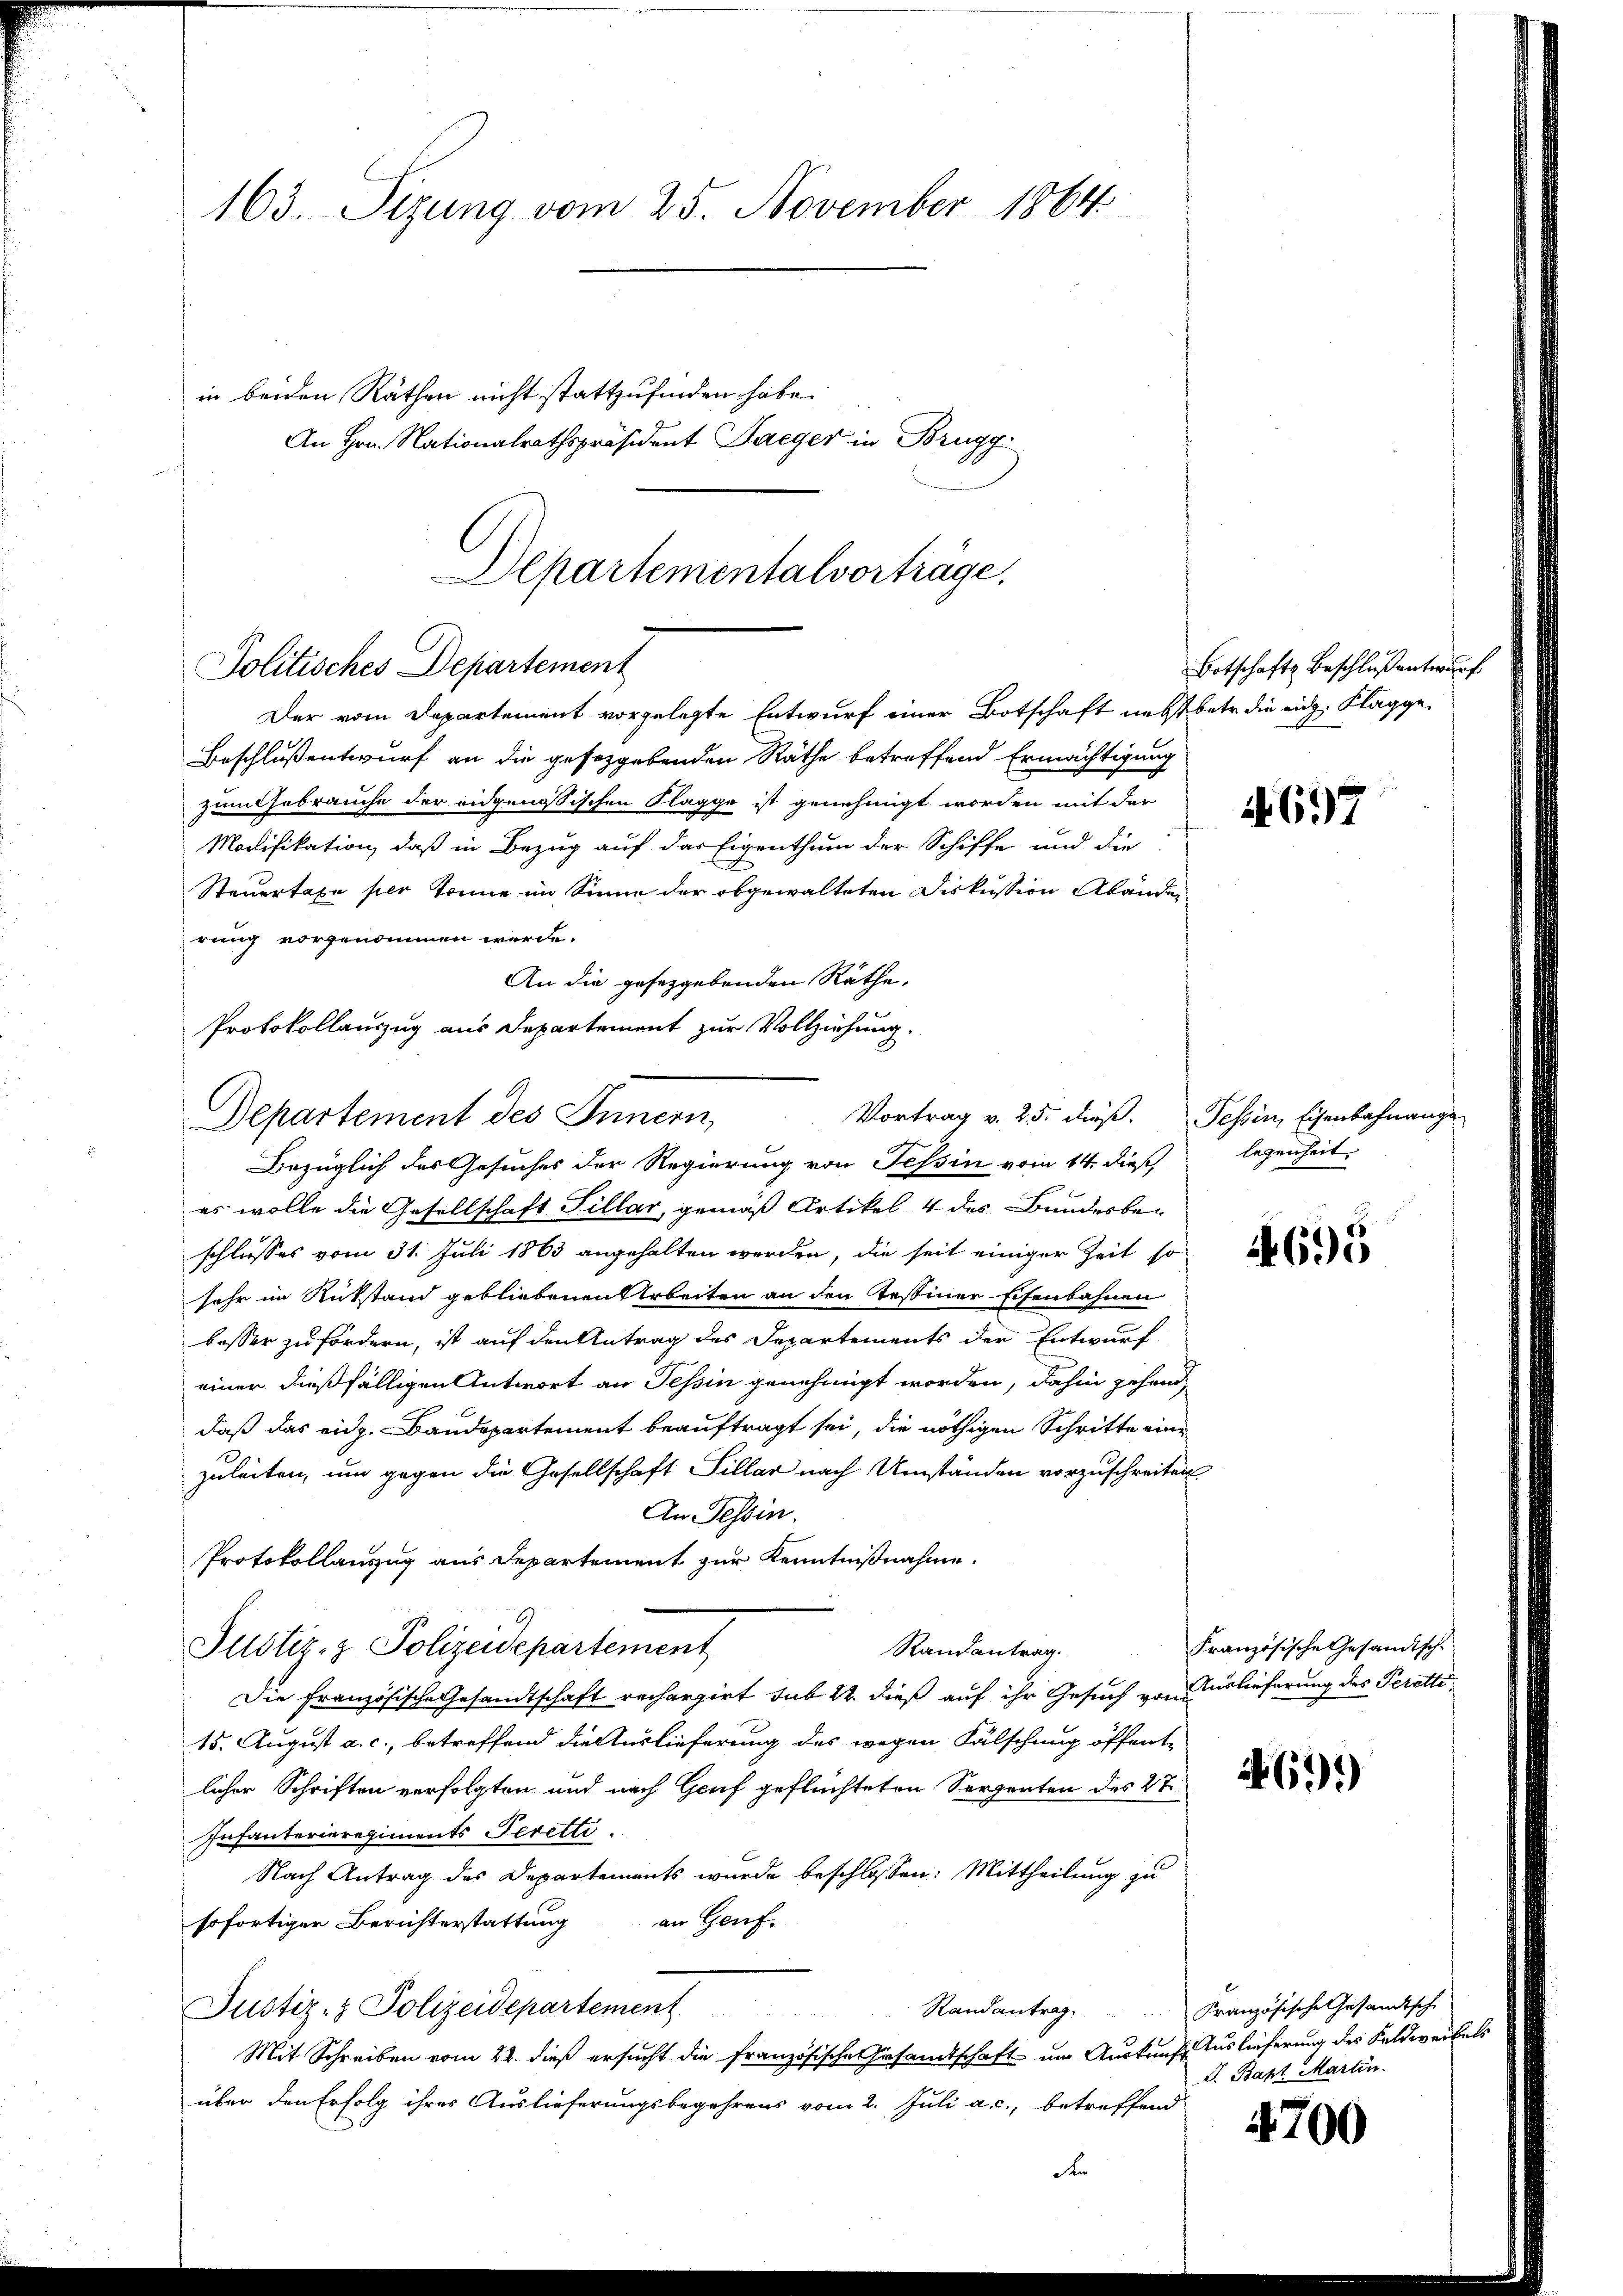
163. Sizung vom 25. November 1864
in beiden Räthen nicht stattzufinden habe.
An Hrn. Nationalrathspräsident Paeger in Brugg

Der vom Departement vorgelegte Entwurf einer Botschaft nebst betr. die eidg. Klagge¬
Beschlußentwurf an die gesetzgebenden Räthe betreffend Ermächtigung
zum Gebrauche der eidgenössischen Klagge ist genehmigt worden mit der
Modifikation, daß in Bezug auf das Eigenthum der Schiffe und die
Steuertaxe per Tonne im Sinne der abgewalteten Diskussion Abänden
rung vorgenommen werde.
An die gesetzgebenden Räthe,
Protokollauszug aus Departement zur Vollziehung.
Departement des Innern,
Bezüglich des Gesuches der Regierung von Tessin vom 14. dieß,
es wolle die Gesellschaft Fillar, gemäß Artikel 4 des Bundesbeschlusses vom 31. Juli 1863 angehalten werden, die seit einiger Zeit so
sehr im Rückstand gebliebenen Arbeiten an den Testiner Eisenbahnen
besser zu fördern, ist auf den Antrag des Departements der Entwurf
einer dießfälligen Antwort an Tessin genehmigt worden, dahin gehanddaß das eidg. Baudepartement beauftragt sei, die nöthigen Schritte eine
zuleiten, um gegen die Gesellschaft Sillar nach Umständen vorzuschreiten.
An Tessin.
Protokollanzug aus Departement zur Kenntnißnahme.
Justiz- & Polizeidepartement
Randantrag.
Die französische Gesandtschaft rechargirt sub 22. dieß auf ihr Gesuch von erlieferung des Perette
15. August a. c., betreffend die Auslieferung des wegen Fälschung öffent-
licher Schriften verfolgten und nach Genf geflüchteten Serpenten des 27.
Infanterieregiments Seretti.
Nach Antrag des Departements wurde beschlossen: Mittheilung zu
an Genf.
sofortiger Berichterstattung
Justiz- & Polizeidepartement
Randantrag.
Mit Schreiben vom 22. dieß ersucht die französische Gesamtschaft um Auskaufs Auslieferung des Feldweibels
über den Erfolg ihres Auslieferungsbegehrens vom 2. Juli a. c., betreffend

Departementalvorträge.
Politisches Departement

Vortrag v. 25. dieß.

e

Botschafts Beschluß entwurf

4697

Tessin, Eisenbahnange
legenheit.

1695

Französische Gesandtsch.

69.)

Französische Gesandtsche
I. Bapt Martin.

4700